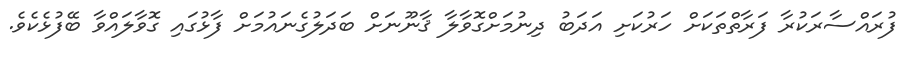
ފުރައްސާރަކުރާ ފަރާތްތަކަށް ހަރުކަށި އަދަބު ދިނުމަށްގޮވާލާ ޤާނޫނަށް ބަދަލުގެނައުމަށް ފާޅުގައި ގޮވާލައްވާ ބޭފުޅެކެވެ.